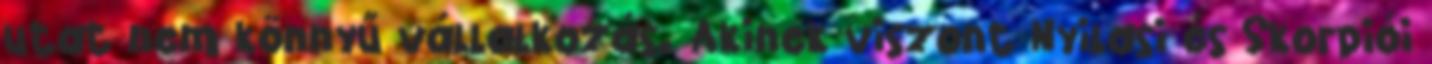
utat nem könnyű vállalkozás. Akinek viszont Nyilasi és Skorpiói